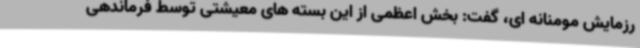
رزمایش مومنانه ای، گفت: بخش اعظمی از این بسته های معیشتی توسط فرماندهی